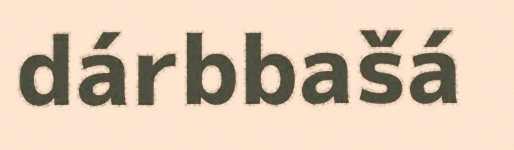
dárbbašá